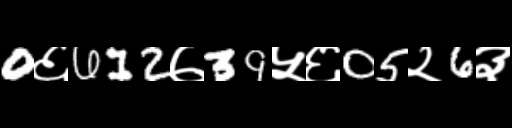
Text: 0६612७39५६05२6३